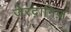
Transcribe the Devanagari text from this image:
जेरदानिज़